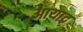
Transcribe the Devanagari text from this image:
आयाद